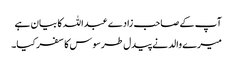
آپ کے صاحب زادے عبداللہ کا بیان ہے
میرے والد نے پیدل طرسوس کا سفر کیا۔